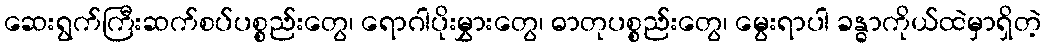
ဆေးရွက်ကြီးဆက်စပ်ပစ္စည်းတွေ၊ ရောဂါပိုးမွှားတွေ၊ ဓာတုပစ္စည်းတွေ၊ မွေးရာပါ ခန္ဓာကိုယ်ထဲမှာရှိတဲ့